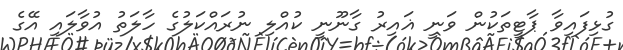
ގުޅިފައިވާ ޕާޓީތަކުން ވަނީ ޣައިރު ގާނޫނީ ކުއްލި ނުރައްކަލުގެ ހާލަތު އުވާލައި އޭގެ